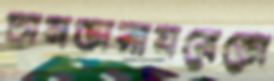
চানতারায়রেভো